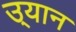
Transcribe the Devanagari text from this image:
उ्यान